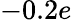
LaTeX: -0.2e